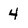
Character: 4